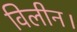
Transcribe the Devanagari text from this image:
विलीन।